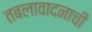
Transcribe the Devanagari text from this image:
तबलावादनाची